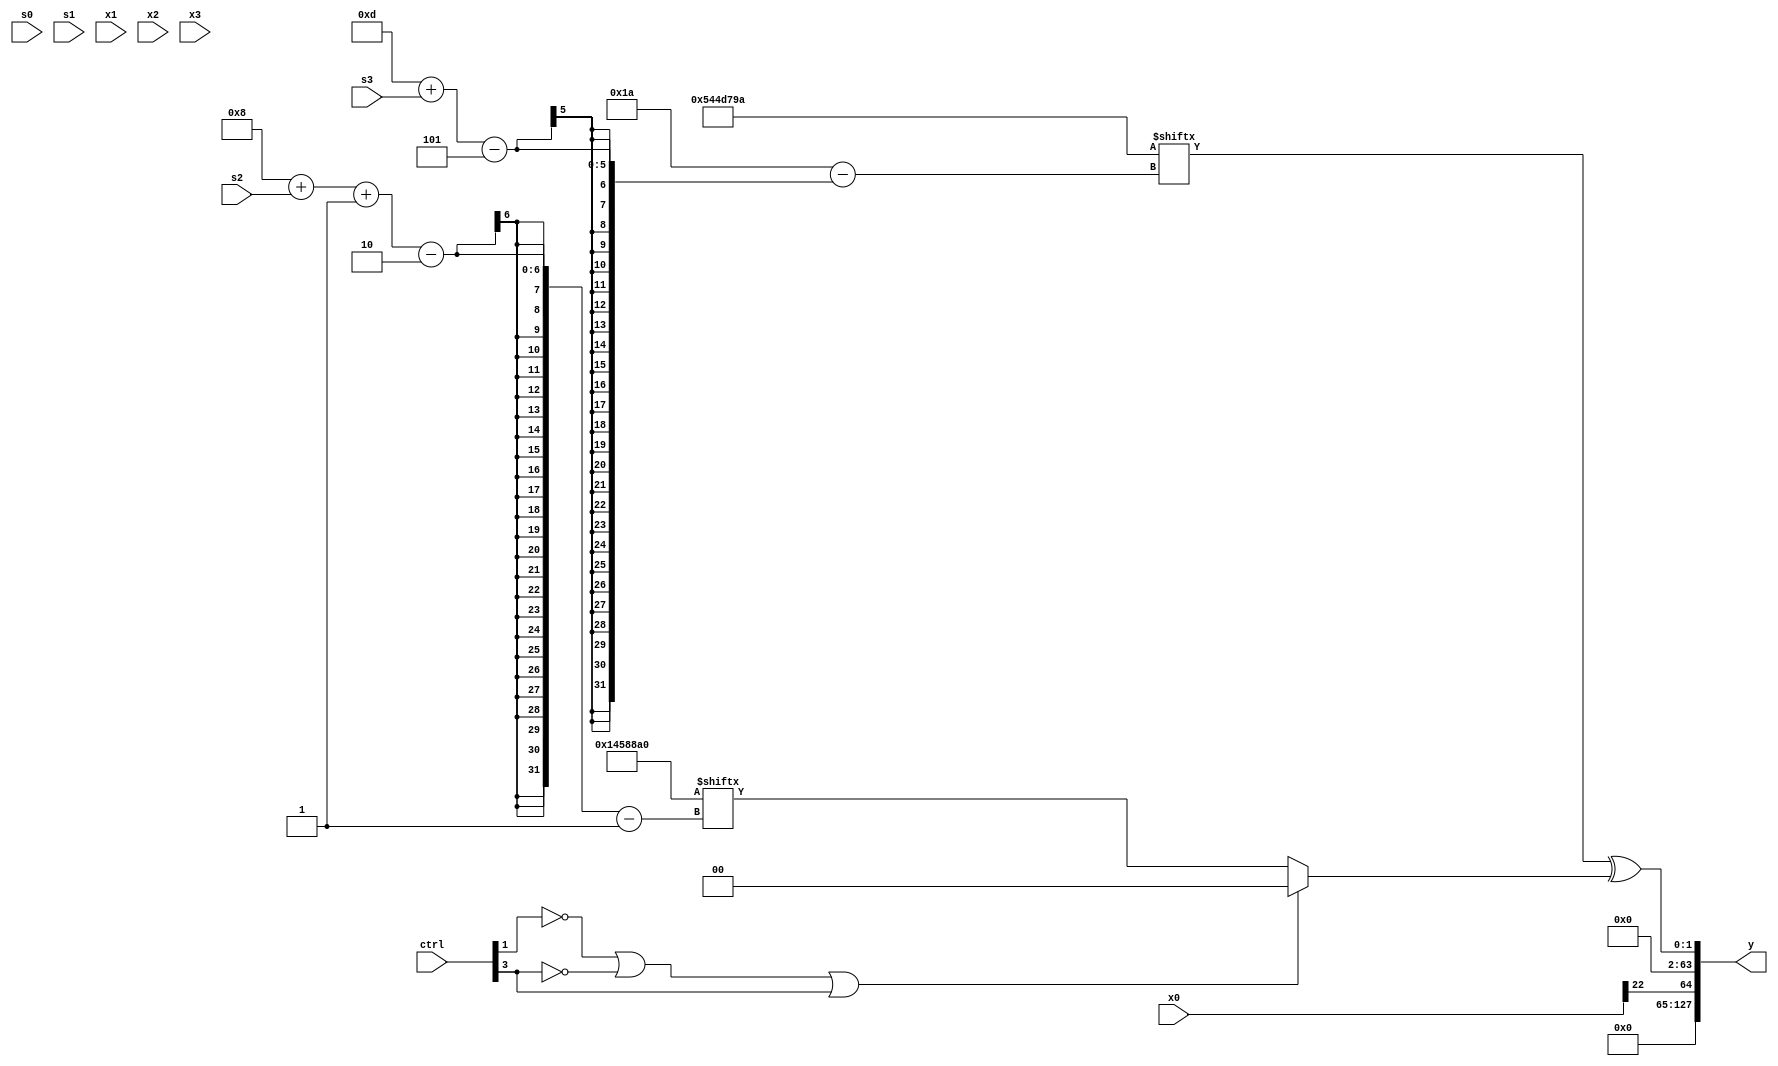
module partsel_00804(ctrl, s0, s1, s2, s3, x0, x1, x2, x3, y);
  input [3:0] ctrl;
  input [2:0] s0;
  input [2:0] s1;
  input [2:0] s2;
  input [2:0] s3;
  input [31:0] x0;
  input signed [31:0] x1;
  input signed [31:0] x2;
  input [31:0] x3;
  wire [6:27] x4;
  wire signed [30:7] x5;
  wire signed [7:27] x6;
  wire [0:31] x7;
  wire [1:26] x8;
  wire [27:7] x9;
  wire signed [3:31] x10;
  wire signed [2:28] x11;
  wire signed [0:28] x12;
  wire [29:6] x13;
  wire signed [31:6] x14;
  wire signed [1:30] x15;
  output [127:0] y;
  wire signed [31:0] y0;
  wire signed [31:0] y1;
  wire signed [31:0] y2;
  wire [31:0] y3;
  assign y = {y0,y1,y2,y3};
  localparam [28:7] p0 = 381002547;
  localparam [5:31] p1 = 88397722;
  localparam [27:1] p2 = 21334176;
  localparam [28:0] p3 = 876277390;
  assign x4 = p2;
  assign x5 = p2;
  assign x6 = x3[15];
  assign x7 = x5[8 + s2];
  assign x8 = p2[15 +: 2];
  assign x9 = ({p0, (!ctrl[2] && ctrl[2] && !ctrl[1] ? ({2{x5[18]}} ^ (!ctrl[3] || ctrl[3] || ctrl[2] ? x6[14 -: 4] : x8)) : x4[14 + s0])} & p1[16]);
  assign x10 = p1[12];
  assign x11 = (!ctrl[3] || ctrl[0] && ctrl[2] ? x4 : x0[15 +: 4]);
  assign x12 = {2{{2{p3[8 +: 3]}}}};
  assign x13 = (p0 ^ (p2[24 + s1 +: 3] ^ (!ctrl[2] && ctrl[1] || ctrl[2] ? {p1[17 + s2 +: 7], p3} : {p2[26 + s0 +: 2], (p3[11 + s1] & p2[29 + s0 -: 8])})));
  assign x14 = x13[12 -: 4];
  assign x15 = {{2{p2[2 + s2 +: 7]}}, {2{{{(ctrl[3] && ctrl[2] || !ctrl[0] ? p0 : p2[20 -: 1]), (ctrl[2] && ctrl[3] || ctrl[1] ? x2 : x12[23])}, p0}}}};
  assign y0 = (x1[16 +: 1] & x10[15 -: 2]);
  assign y1 = x0[22];
  assign y2 = p1[12 -: 2];
  assign y3 = (p1[13 + s3] ^ (!ctrl[1] || !ctrl[3] || ctrl[3] ? x14[13] : p2[8 + s2 -: 2]));
endmodule